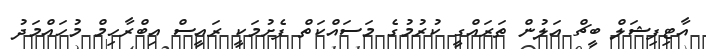
އާޓިފިޝަލް ބީޗް އަލުން ތަރައްގީ ކުރުމުގެ މަސައްކަތް ފެށުމަކީ ރައީސް އިބްރާހިމް މުހައްމަދު